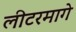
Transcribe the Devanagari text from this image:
लीटरमागे